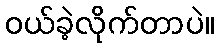
ဝယ်ခဲ့လိုက်တာပဲ။